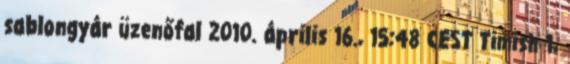
sablongyár üzenőfal 2010. április 16., 15:48 CEST Timish 1,